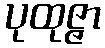
ပုထုဇ္ဇာ